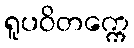
ရူပဝိတက္ကေ